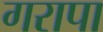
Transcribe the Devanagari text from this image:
गरापा